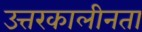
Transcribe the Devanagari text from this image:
उत्तरकालीनता